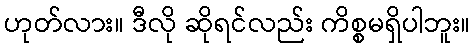
ဟုတ်လား။ ဒီလို ဆိုရင်လည်း ကိစ္စမရှိပါဘူး။